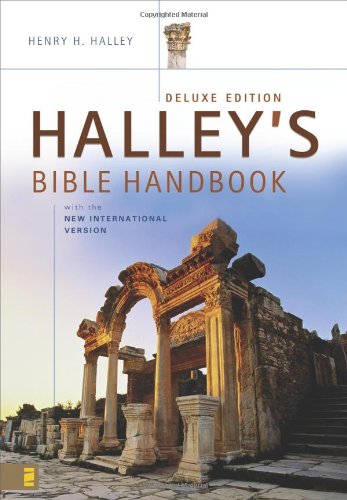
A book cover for Halley's Bible Handbook with the New International Version---Deluxe Edition; Henry H. Halley; Christian Books & Bibles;